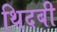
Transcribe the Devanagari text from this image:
थिदबी